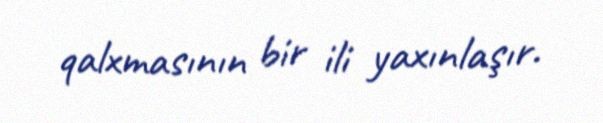
qalxmasının bir ili yaxınlaşır.